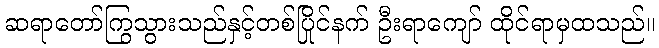
ဆရာတော်ကြွသွားသည်နှင့်တစ်ပြိုင်နက် ဦးရာကျော် ထိုင်ရာမှထသည်။